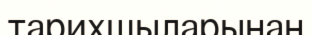
тарихшыларынан